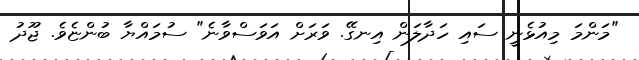
"މަންމަ މިއުޅެނީ ސައި ހަދާލަން އިނގޭ. ވަރަށް އަވަސްވާނެ" ސުމައްޔާ ބުންޏެވެ. ޖޫދު